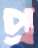
প্র